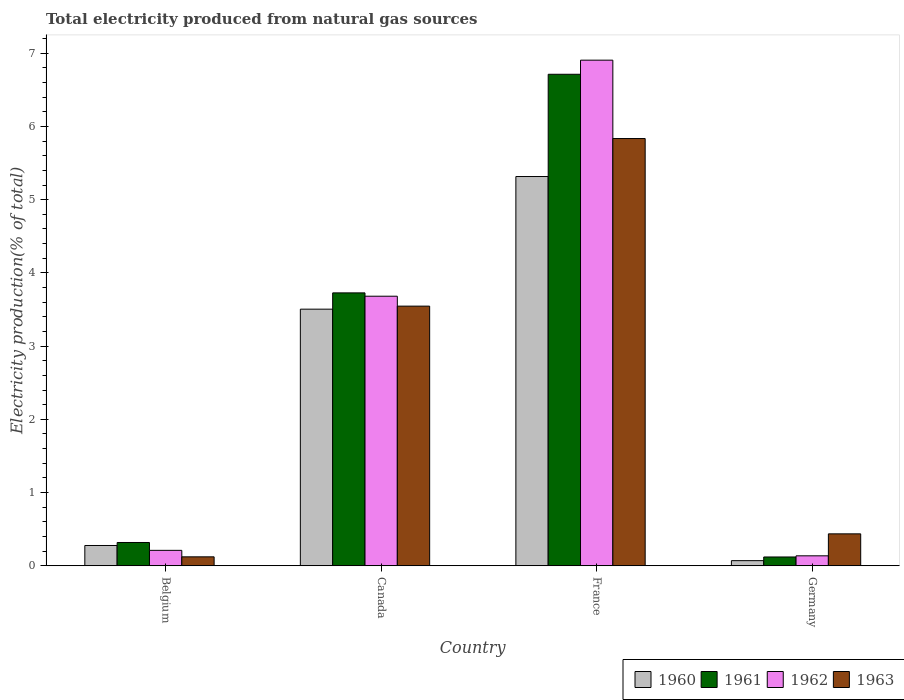
| Country | 1960 | 1961 | 1962 | 1963 |
 | --- | --- | --- | --- | --- |
 | Belgium | 0.277 | 0.318 | 0.211 | 0.122 |
 | Canada | 3.5 | 3.73 | 3.68 | 3.55 |
 | France | 5.32 | 6.71 | 6.91 | 5.83 |
 | Germany | 0.0703 | 0.12 | 0.136 | 0.436 |